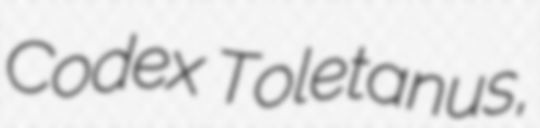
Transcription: Codex Toletanus,